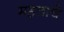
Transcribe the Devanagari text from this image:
महत्ताचे